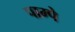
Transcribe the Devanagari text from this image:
पाम्पे